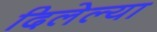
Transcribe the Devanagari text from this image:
दिलेल्‍या